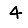
Digit: 4